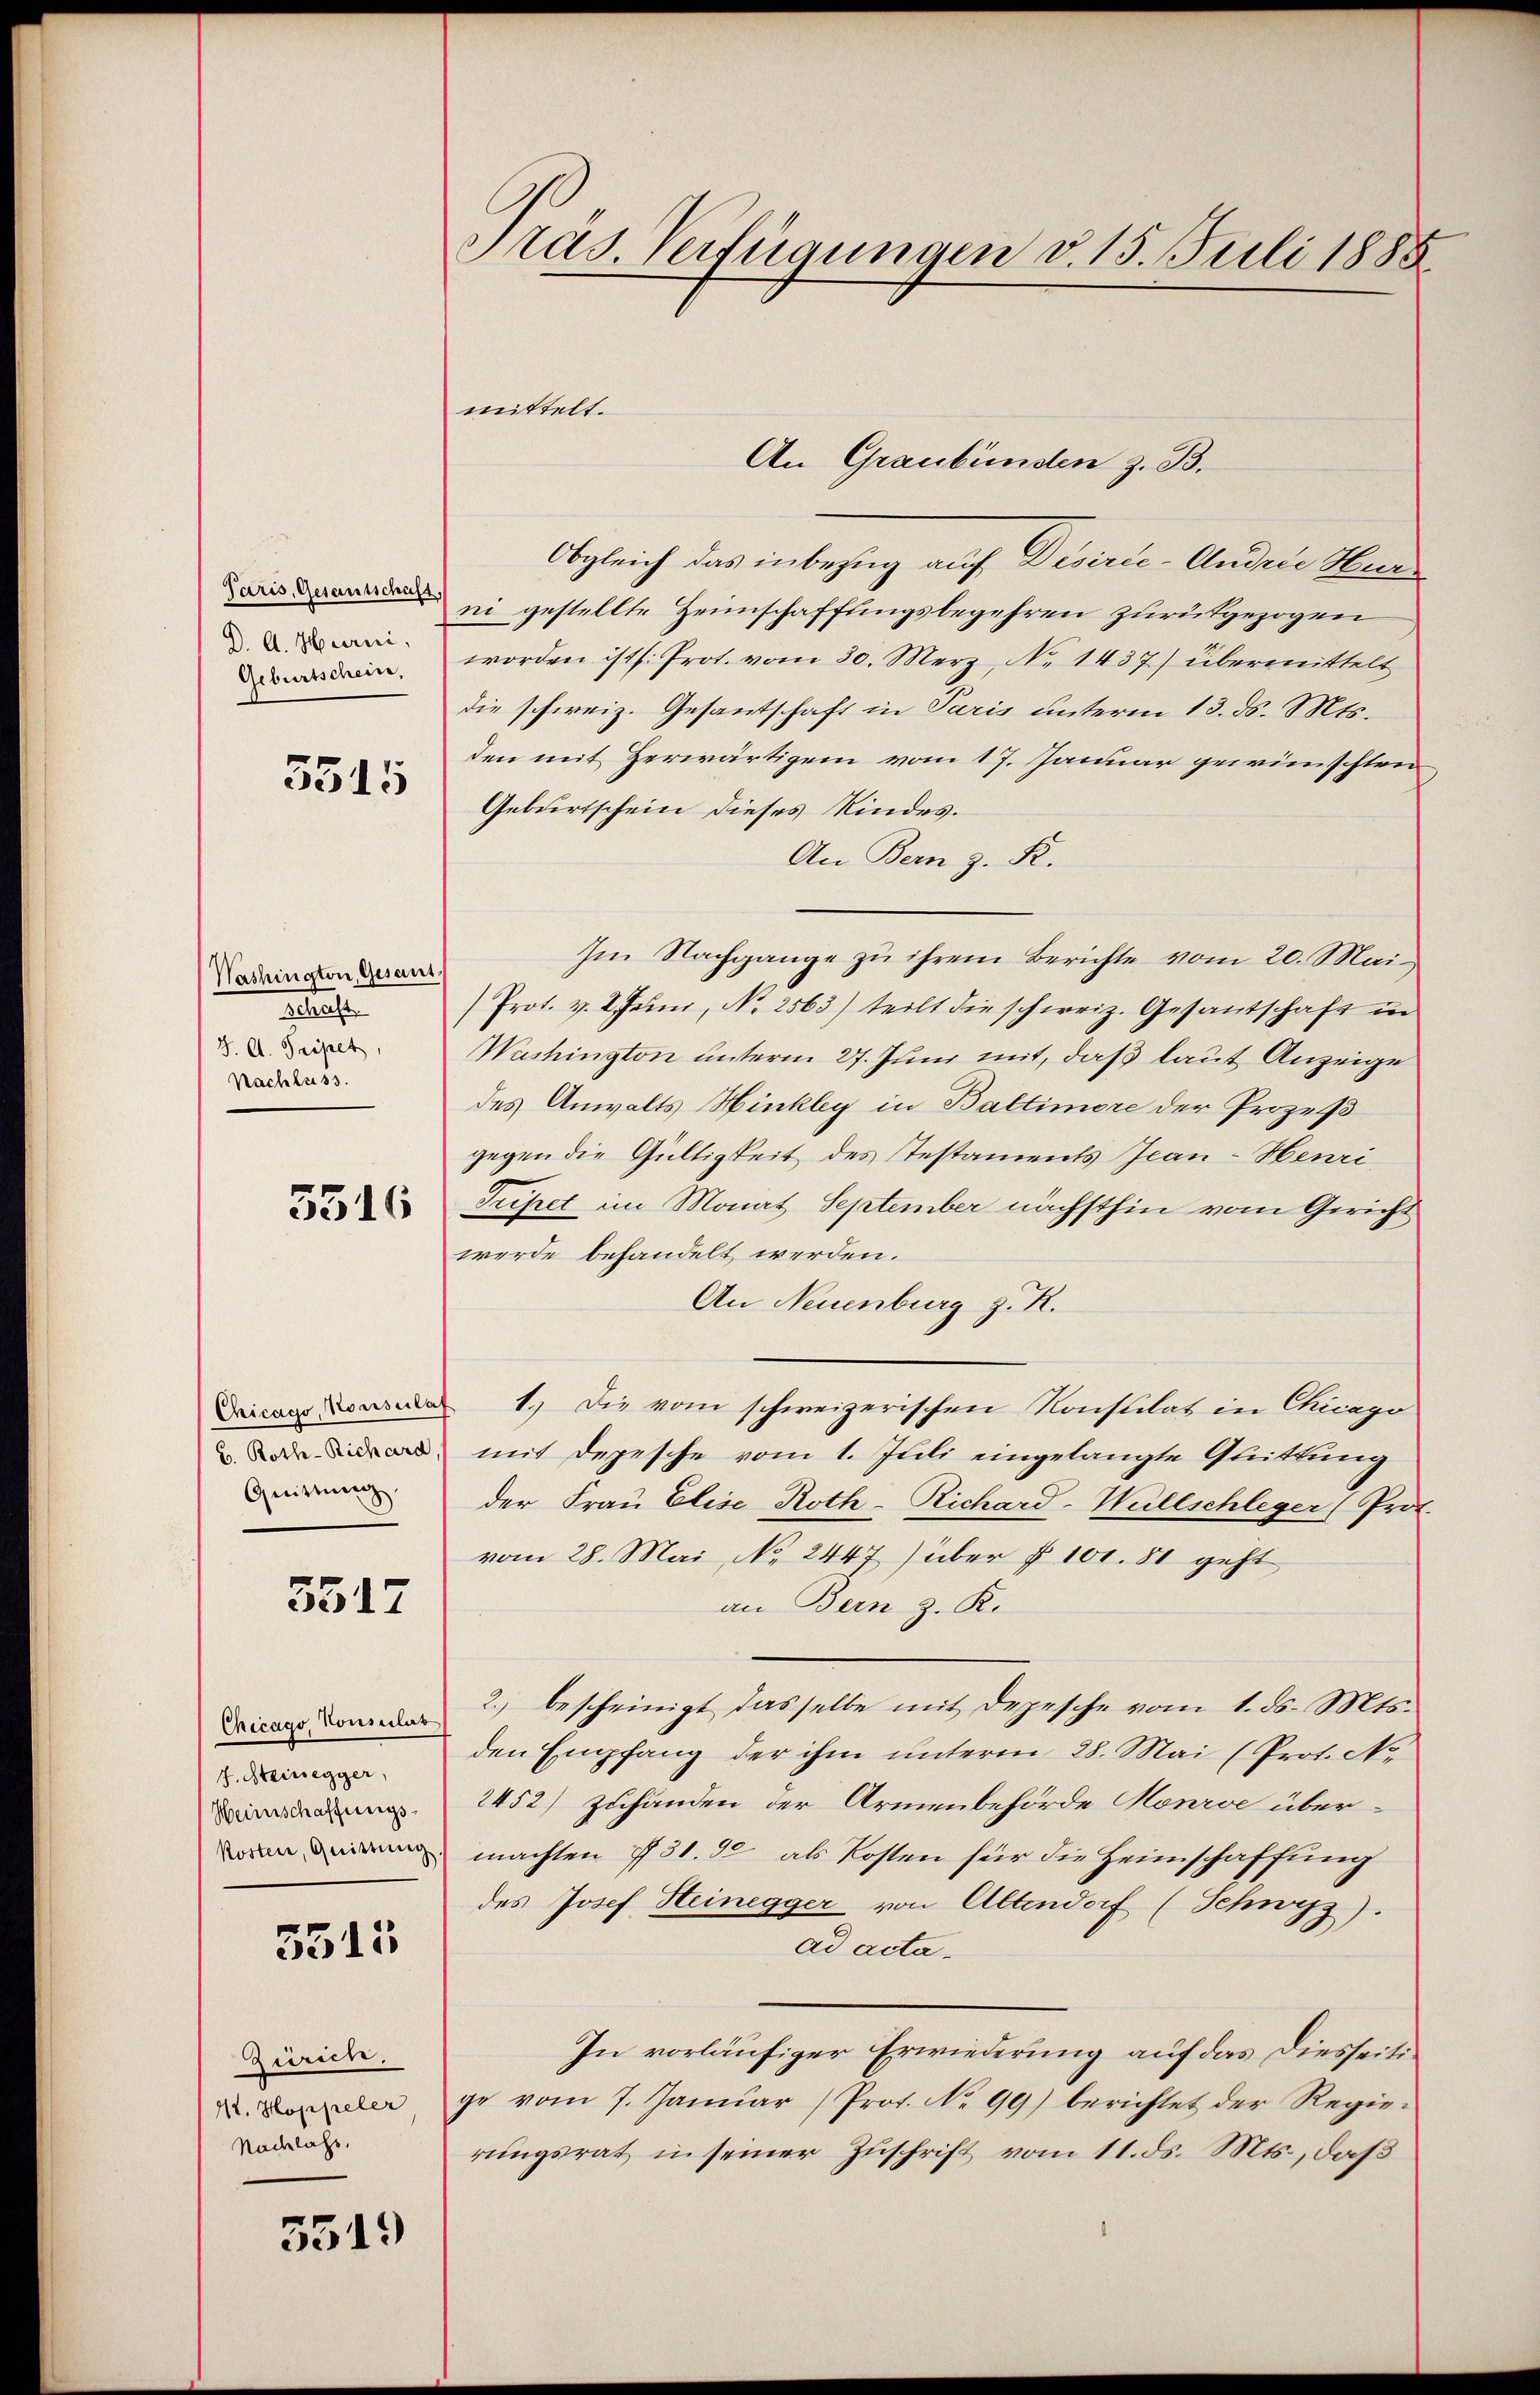
Paris, Gesantschaft
D. A. Hurni,
Geburtschein.

5515

Washington, Gesant.
Schaft
J. A. Pripet,
Nachluss.

5316

b. Roth-Richard,
Quittung

3517

Chicago, Konsulat
f. Steinegger,
Heimschaffungskosten, Quittung

5515

Zürich.
12. Hoppeler
Nachlass.

5519

Präs. Verfügungen v. 15. Juli 1888.

mittelt.
Obgleich das inbezug auf Disirie-Andrie Herr
ni gestellte Heimschaffungsbegehren zurükgezogen
worden ist (: Prot. vom 30. Merz, No. 1437) übermittelt
die schweiz. Gesantschaft in Paris unterm 13. ds. Mts.
den mit Herwärtigem vom 17. Januar gewünschten
Geburtschein dieses Kindes.
An Bern z. B.
Im Nachgange zŭ ihrem Berichte vom 20. Mai
Prot. v. 2. Jŭni, No. 2563) teilt die schweiz. Gesantschaft in
Washington unterm 27. Juni mit, daß laut Anzeige
des Anwalts Hinkley in Baltimore der Prozeß
gegen die Gültigkeit des stestaments Jean - Henri
Tripet im Monat September nächsthin vom Gericht
werde behandelt werden.
An Neuenburg z. R.
Drica 1.) Die vom schweizerischen Konstilat in Chicago
mit Depesche vom 1. Juli eingelangte Quittung
der Frau Elise Roth-Richard-Wüllschleger (Prot.
vom 28. Mai, No 2447) über § 101. 81 geht
an Bern z. R.
2.) bescheinigt dasselbe mit Depesche vom 1. ds. Mts.
den Empfang der ihm unterm 28. Mai (Prot. No
2452) zuhänden der Armenbehörde Honroe übermachten 731. 50 als Kosten für die Heimschaffung
des Josef Steinegger von Altendorf (Schwyz).
ad acta.
In vorläufiger Erwiederung auf das Diesseitige vom 7. Janŭar / Prot. No 99) berichtet der Regie-
rungsrat in seiner Zuschrift vom 11. ds. Mts., daß

An Graubünden z. B.